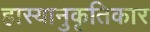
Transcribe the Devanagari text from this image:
हास्यानुकृतिकार